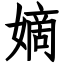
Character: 嫡